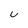
Character: U